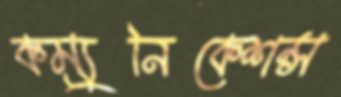
কম্যুনিকেশন্স